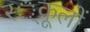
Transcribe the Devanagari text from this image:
स्‍्कूलों